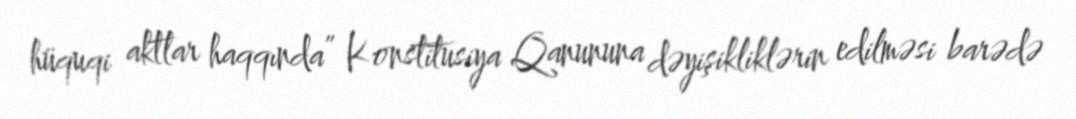
hüquqi aktlar haqqında” Konstitusiya Qanununa dəyişikliklərin edilməsi barədə